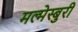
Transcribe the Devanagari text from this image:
मल्मेस्बुरी